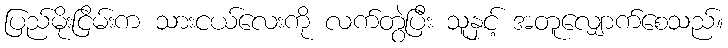
ပြည်မိုးငြိမ်းက သားငယ်လေးကို လက်တွဲပြီး သူနှင့် အတူလျှောက်စေသည်။